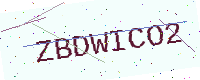
Text: ZBDWICO2